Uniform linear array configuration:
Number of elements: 32
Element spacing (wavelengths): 1
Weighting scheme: blackman
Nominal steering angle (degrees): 60
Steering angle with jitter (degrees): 58.538
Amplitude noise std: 0.05
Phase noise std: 0.05

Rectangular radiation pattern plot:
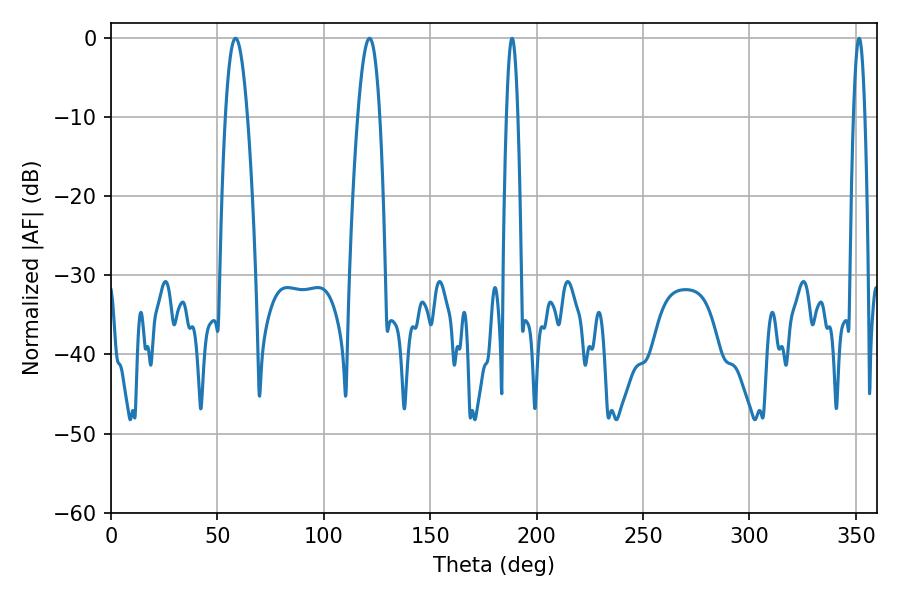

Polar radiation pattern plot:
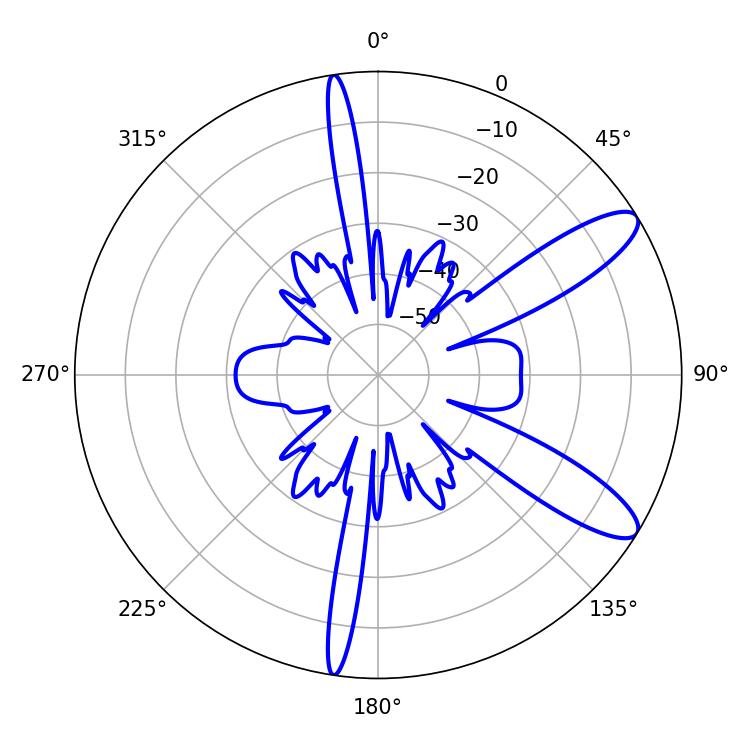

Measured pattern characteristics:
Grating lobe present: TRUE
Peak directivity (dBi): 10.784
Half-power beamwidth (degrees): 2.88
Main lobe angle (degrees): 188.46